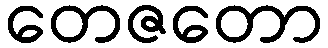
တေဇတော